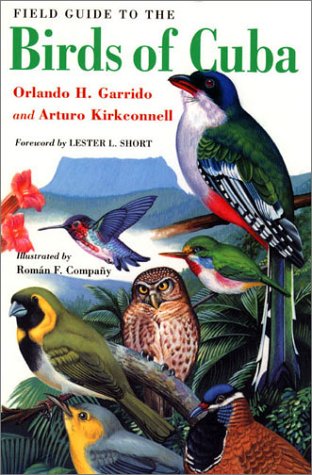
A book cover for Field Guide to the Birds of Cuba (Comstock books); Orlando H. Garrido; Science & Math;